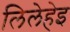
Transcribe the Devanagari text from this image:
लिलेहेइ